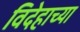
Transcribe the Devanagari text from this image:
विदेहाच्या